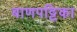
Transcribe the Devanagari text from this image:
बाणपट्टिका